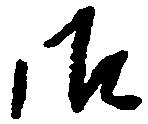
御